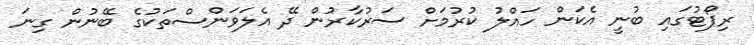
ރިޕޯޓުގައި ބުނީ އެކަން ހައްލު ކުރުމަށް ސަރުކާރުން ދޭ އެލަވަންސްތަކުގެ ބޭނުން ގިނަ